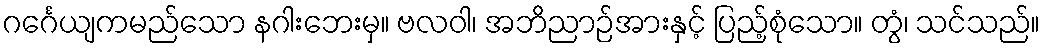
ဂင်္ဂေယျကမည်သော နဂါးဘေးမှ။ ဗလဝါ၊ အဘိညာဉ်အားနှင့် ပြည့်စုံသော။ တွံ၊ သင်သည်။